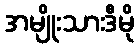
အမျိုးသားဒီမို